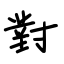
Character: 對